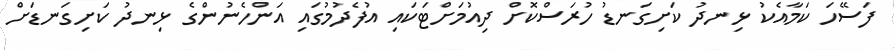
ފަސޭހަ ކަމާއެކު ޅިނދު ކަށިގަނޑު ހުރަސްކޮށް ދިއުމަށްޓަކައި އުފެދުމުގައި އަންހެނުންގެ ޅިނދު ކަށިގަނޑަށް